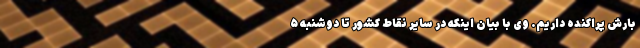
بارش پراکنده داریم. وی با بیان اینکه در سایر نقاط کشور تا دوشنبه ۵